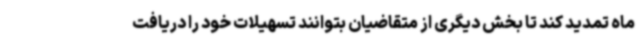
ماه تمدید کند تا بخش دیگری از متقاضیان بتوانند تسهیلات خود را دریافت